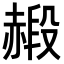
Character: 𧹮